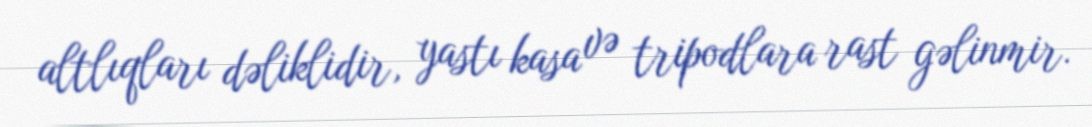
altlıqları dəliklidir, yastı kasa və tripodlara rast gəlinmir.